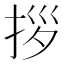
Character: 拶